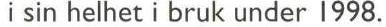
i sin helhet i bruk under 1998.